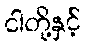
ငါတို့နှင့်